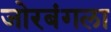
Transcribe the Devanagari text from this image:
जोरबंगला